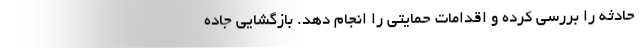
حادثه را بررسی کرده و اقدامات حمایتی را انجام دهد. بازگشایی جاده